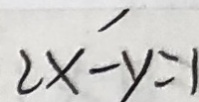
2 x - y = 1